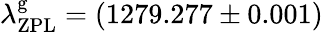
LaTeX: \lambda_{\mathrm{ZPL}}^{\mathrm{g}}=(1279.277\pm 0.001)